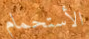
الأستحمام